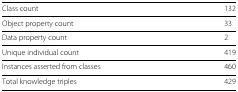
| Class count | 132 |
 | --- | --- |
 | Object property count | 33 |
 | Data property count | 2 |
 | Unique individual count | 419 |
 | Instances asserted from classes | 460 |
 | Total knowledge triples | 429 |